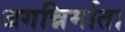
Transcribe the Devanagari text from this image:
जगन्निर्माता